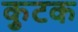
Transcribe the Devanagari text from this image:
कुटक